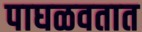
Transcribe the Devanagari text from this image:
पाघळवतात